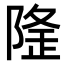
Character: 𨺼